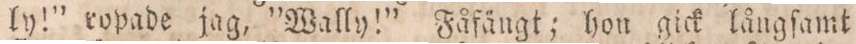
ly!” ropade jag, ”Wally!” Fåfängt; hon gick långſamt